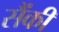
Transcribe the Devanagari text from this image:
सैंकी